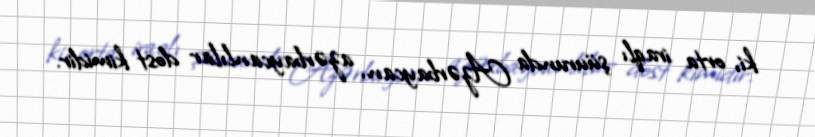
ki, orta iraqlı şüurunda Azərbaycan, azərbaycanlılar dost kimidir.